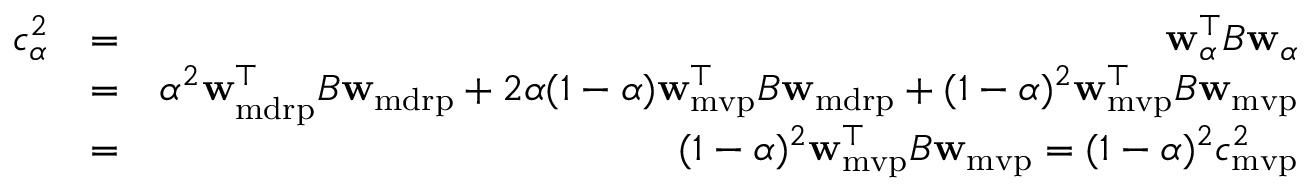
\begin{array} { r l r } { c _ { \alpha } ^ { 2 } } & { = } & { { \bf w } _ { \alpha } ^ { \top } B { \bf w } _ { \alpha } } \\ & { = } & { \alpha ^ { 2 } { \bf w } _ { \mathrm { m d r p } } ^ { \top } B { \bf w } _ { \mathrm { m d r p } } + 2 \alpha ( 1 - \alpha ) { \bf w } _ { \mathrm { m v p } } ^ { \top } B { \bf w } _ { \mathrm { m d r p } } + ( 1 - \alpha ) ^ { 2 } { \bf w } _ { \mathrm { m v p } } ^ { \top } B { \bf w } _ { \mathrm { m v p } } } \\ & { = } & { ( 1 - \alpha ) ^ { 2 } { \bf w } _ { \mathrm { m v p } } ^ { \top } B { \bf w } _ { \mathrm { m v p } } = ( 1 - \alpha ) ^ { 2 } c _ { \mathrm { m v p } } ^ { 2 } } \end{array}